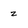
Character: z